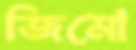
জিমো